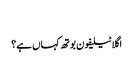
‬
‫اگلا ٹیلیفون بوتھ کہاں ہے؟